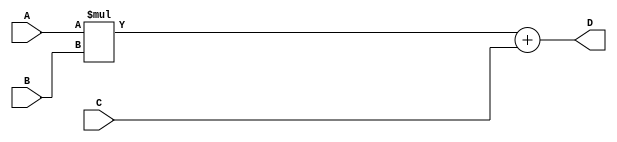
module FMA_unit (
    input wire [31:0] A,
    input wire [31:0] B,
    input wire [31:0] C,
    output reg [31:0] D
);

reg [31:0] multiplication_result;
reg [31:0] final_result;

// Multiplication block
always @* begin
    multiplication_result = A * B;
end

// Addition block
always @* begin
    final_result = multiplication_result + C;
end

// Output
assign D = final_result;

endmodule